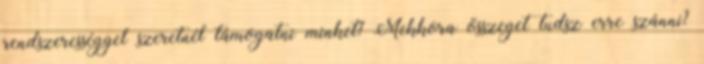
rendszerességgel szeretnél támogatni minket? Mekkora összeget tudsz erre szánni?